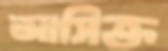
আসিক্ত